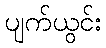
ပျက်ယွင်း